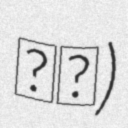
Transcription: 大丰)